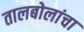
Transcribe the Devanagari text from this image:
तालबोलांचा